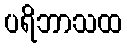
ပရိဘာသထ